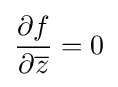
{\frac {\partial f}{\partial {\overline {z}}}}=0